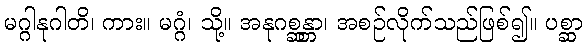
မဂ္ဂါနုဂါတိ၊ ကား။ မဂ္ဂံ၊ သို့။ အနုဂစ္ဆန္တာ၊ အစဉ်လိုက်သည်ဖြစ်၍။ ပစ္ဆာ